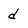
Character: d